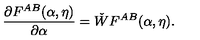
\frac { \partial F ^ { A B } ( \alpha , \eta ) } { \partial \alpha } = \check { W } F ^ { A B } ( \alpha , \eta ) .